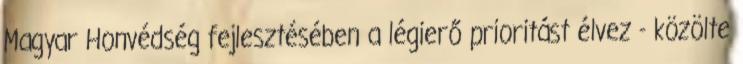
Magyar Honvédség fejlesztésében a légierő prioritást élvez - közölte